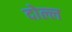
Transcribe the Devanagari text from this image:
दोल्ल